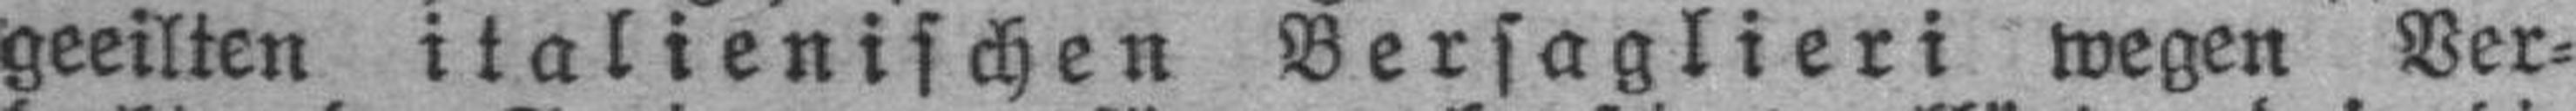
geeilten italienischen Bersaglieri wegen Ver¬